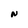
Character: N